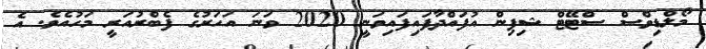
މޯލްޑިވްސް ސްޓޭޓް ޝިޕިން އުފައްދާފައިފައިވަނީ 2020 ވަނަ އަހަރުގެ ފެބްރުއަރީ މަހުއެވެ. އެ